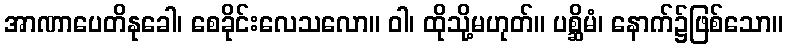
အာဏာပေတိနုခေါ၊ စေခိုင်းလေသလော။ ဝါ၊ ထိုသို့မဟုတ်။ ပစ္ဆိမံ၊ နောက်၌ဖြစ်သော။